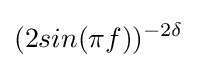
(2sin(\pi f))^{-2\delta }